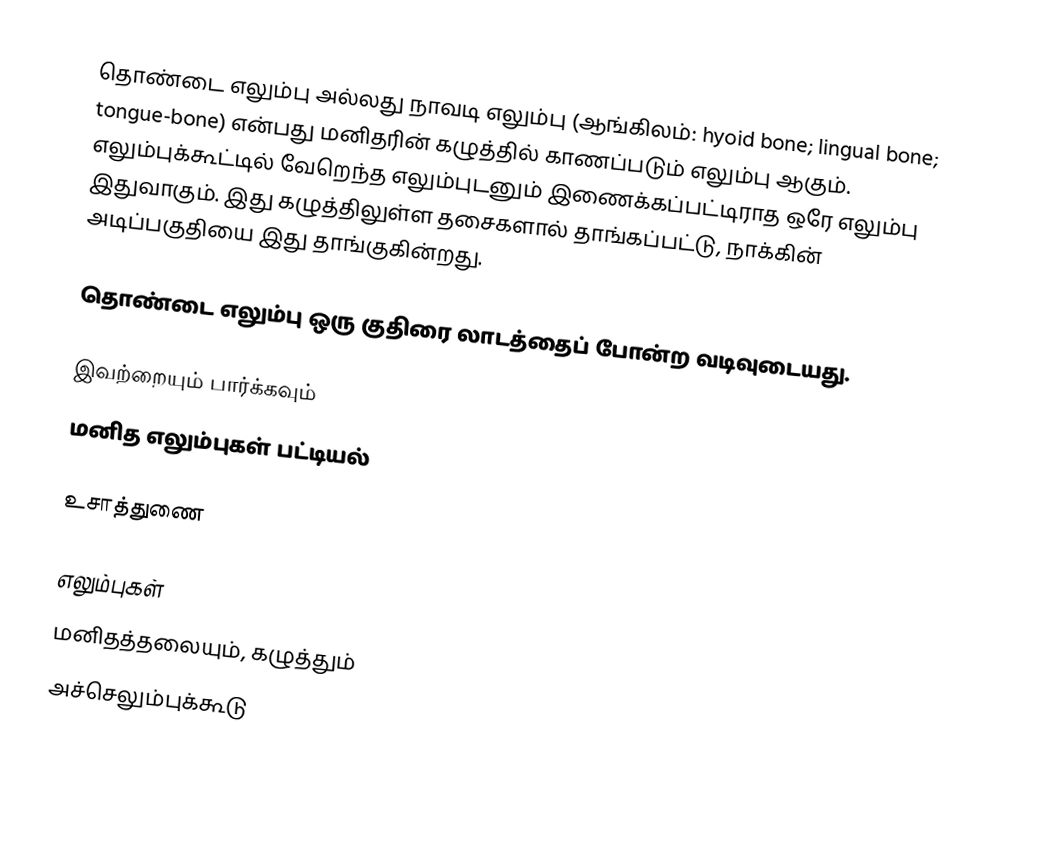
தொண்டை எலும்பு அல்லது நாவடி எலும்பு (ஆங்கிலம்: hyoid bone; lingual bone; tongue-bone) என்பது மனிதரின் கழுத்தில் காணப்படும் எலும்பு ஆகும். எலும்புக்கூட்டில் வேறெந்த எலும்புடனும் இணைக்கப்பட்டிராத ஒரே எலும்பு இதுவாகும். இது கழுத்திலுள்ள தசைகளால் தாங்கப்பட்டு, நாக்கின் அடிப்பகுதியை இது தாங்குகின்றது.

தொண்டை எலும்பு ஒரு குதிரை லாடத்தைப் போன்ற வடிவுடையது.

இவற்றையும் பார்க்கவும்
 மனித எலும்புகள் பட்டியல்

உசாத்துணை

எலும்புகள்
மனிதத்தலையும், கழுத்தும்
அச்செலும்புக்கூடு